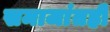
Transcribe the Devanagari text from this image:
समाजांतही